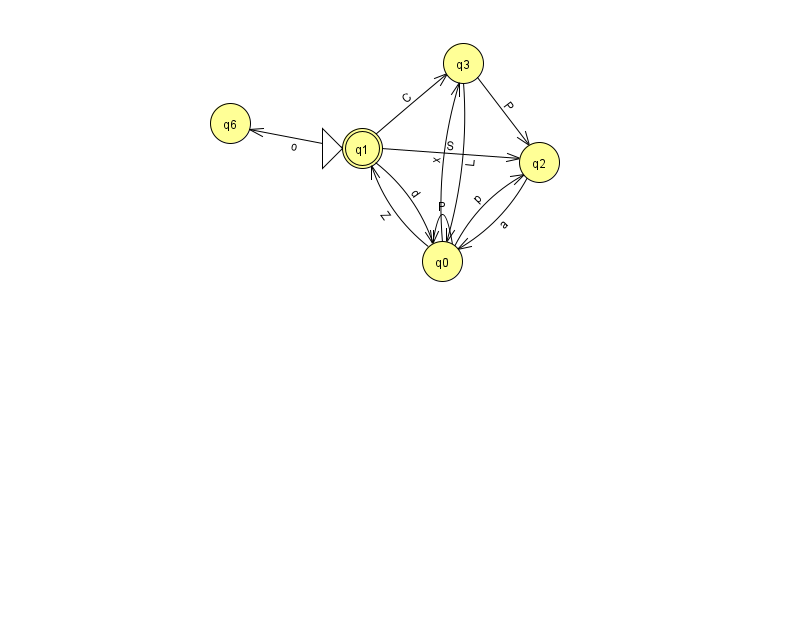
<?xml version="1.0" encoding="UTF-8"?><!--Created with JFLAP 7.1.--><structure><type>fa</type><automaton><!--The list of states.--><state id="0" name="q0"><x>442.0</x><y>248.0</y></state><state id="1" name="q1"><x>362.0</x><y>135.0</y><initial/><final/></state><state id="2" name="q2"><x>539.0</x><y>149.0</y></state><state id="3" name="q3"><x>463.0</x><y>50.0</y></state><state id="6" name="q6"><x>230.0</x><y>110.0</y></state><!--The list of transitions.--><transition><from>0</from><to>0</to><read>P</read></transition><transition><from>3</from><to>2</to><read>P</read></transition><transition><from>0</from><to>2</to><read>p</read></transition><transition><from>0</from><to>1</to><read>Z</read></transition><transition><from>2</from><to>0</to><read>a</read></transition><transition><from>1</from><to>2</to><read>S</read></transition><transition><from>1</from><to>0</to><read>d</read></transition><transition><from>1</from><to>3</to><read>C</read></transition><transition><from>3</from><to>0</to><read>L</read></transition><transition><from>1</from><to>6</to><read>o</read></transition><transition><from>0</from><to>3</to><read>x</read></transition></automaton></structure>